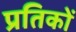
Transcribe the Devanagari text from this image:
प्रतिकों